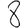
Digit: 8